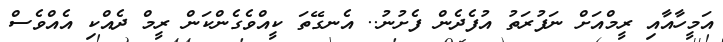
އަމީހާއާއި ރީމްއަށް ނަފުރަތު އުފެދެން ފެށުނު.. އެނގޭތަ ކީއްވެގެންކަން ރީމް ދެއްކި އެއްވެސް